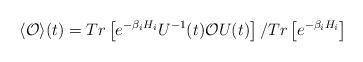
LaTeX: \begin{align*}\langle {\cal{O}} \rangle(t) = Tr \left[ e^{-\beta_i H_i} U^{-1}(t){\cal{O}}U(t)\right]/ Tr \left[ e^{- \beta_i H_i} \right]\end{align*}